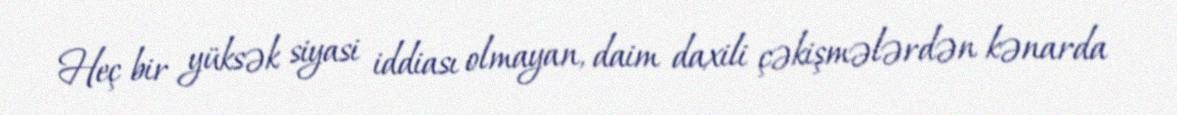
Heç bir yüksək siyasi iddiası olmayan, daim daxili çəkişmələrdən kənarda